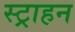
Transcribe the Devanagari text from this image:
स्ट्राहन